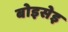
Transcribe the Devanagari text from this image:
बोइसेइ